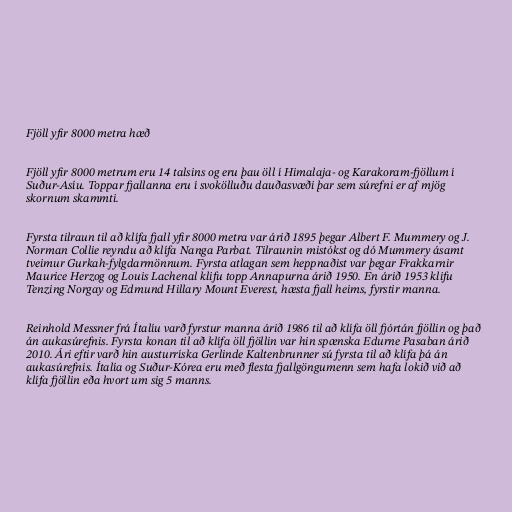
Fjöll yfir 8000 metra hæð

Fjöll yfir 8000 metrum eru 14 talsins og eru þau öll í Himalaja- og Karakoram-fjöllum í
Suður-Asíu. Toppar fjallanna eru í svokölluðu dauðasvæði þar sem súrefni er af mjög
skornum skammti.

Fyrsta tilraun til að klífa fjall yfir 8000 metra var árið 1895 þegar Albert F. Mummery og J.
Norman Collie reyndu að klífa Nanga Parbat. Tilraunin mistókst og dó Mummery ásamt
tveimur Gurkah-fylgdarmönnum. Fyrsta atlagan sem heppnaðist var þegar Frakkarnir
Maurice Herzog og Louis Lachenal klifu topp Annapurna árið 1950. En árið 1953 klifu
Tenzing Norgay og Edmund Hillary Mount Everest, hæsta fjall heims, fyrstir manna.

Reinhold Messner frá Ítalíu varð fyrstur manna árið 1986 til að klífa öll fjórtán fjöllin og það
án aukasúrefnis. Fyrsta konan til að klífa öll fjöllin var hin spænska Edurne Pasaban árið
2010. Ári eftir varð hin austurríska Gerlinde Kaltenbrunner sú fyrsta til að klífa þá án
aukasúrefnis. Ítalía og Suður-Kórea eru með flesta fjallgöngumenn sem hafa lokið við að
klífa fjöllin eða hvort um sig 5 manns.